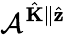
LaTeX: \mathcal{A}^{\hat{\mathbf{K}}\parallel\hat{\mathbf{z}}}